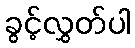
ခွင့်လွှတ်ပါ